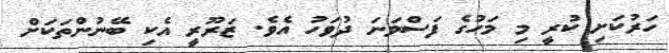
ހަރުކަށި ކުރީ މި މަހުގެ ފަސްވަނަ ދުވަހު އެވެ. ޒަރޫރީ އެކި ބޭނުންތަކަށް